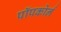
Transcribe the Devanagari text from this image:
पॉपकोर्न